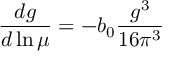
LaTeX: \frac { d g } { d \ln \mu } = - b _ { 0 } \frac { g ^ { 3 } } { 1 6 \pi ^ { 3 } }